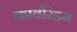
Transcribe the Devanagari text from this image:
कार्वोरंडम